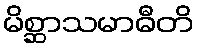
မိစ္ဆာသမာဓီတိ